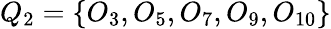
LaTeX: Q_{2}=\{ O_{3},O_{5},O_{7},O_{9},O_{10}\}